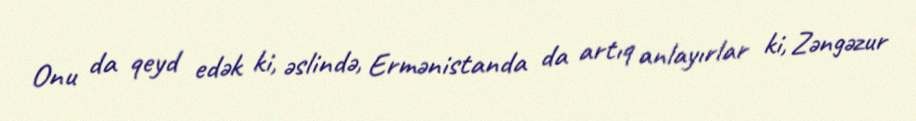
Onu da qeyd edək ki, əslində, Ermənistanda da artıq anlayırlar ki, Zəngəzur